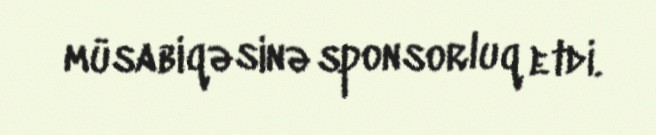
müsabiqəsinə sponsorluq etdi.